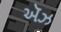
ઍઝ